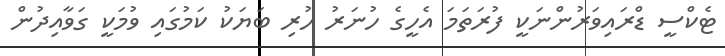
ޓެކްސީ ޑްރައިވަރުންނަކީ ފުރަތަމަ އެހީގެ ހުނަރު ހުރި ބަޔަކު ކަމުގައި ވުމަކީ ގަވާއިދުން